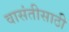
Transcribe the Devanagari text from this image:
वासंतीसाठी